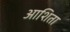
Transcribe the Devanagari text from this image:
आशिता